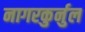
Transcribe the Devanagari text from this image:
नागरकुर्नुल